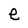
Character: e